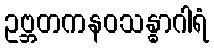
ဥဗ္ဘတကနဝသန္ဓာဂါရံ